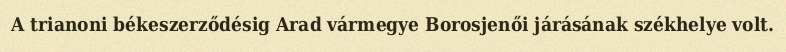
A trianoni békeszerződésig Arad vármegye Borosjenői járásának székhelye volt.